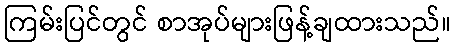
ကြမ်းပြင်တွင် စာအုပ်များဖြန့်ချထားသည်။